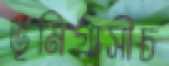
ভূমিগ্রাসীচ